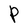
Character: P